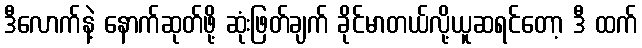
ဒီလောက်နဲ့ နောက်ဆုတ်ဖို့ ဆုံးဖြတ်ချက် ခိုင်မာတယ်လို့ယူဆရင်တော့ ဒီ ထက်